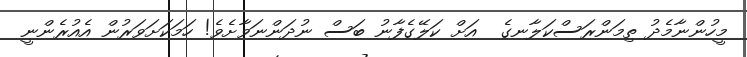
މީހުންނާމެދު ތިމަންރަސްކަލާނގެ  އަށް ކަލޭގެފާނު ބަސް ނުދަންނަވާށެވެ! ހަމަކަށަވަރުން އެއުރެންނީ